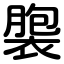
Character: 褜